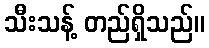
သီးသန့် တည်ရှိသည်။